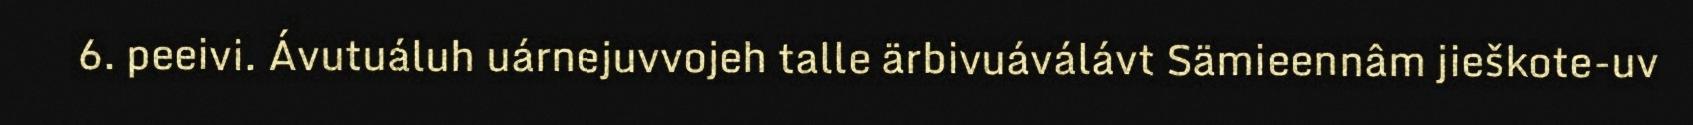
6. peeivi. Ávutuáluh uárnejuvvojeh talle ärbivuáválávt Sämieennâm jieškote-uv